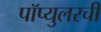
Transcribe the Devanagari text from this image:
पॉप्युलरची